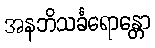
အနဘိသင်္ခရောန္တော